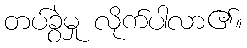
တပ်ခွဲမှု လိုက်ပါလာ၏။